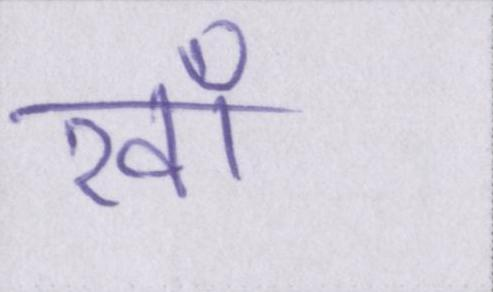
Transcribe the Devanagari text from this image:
रवाँ